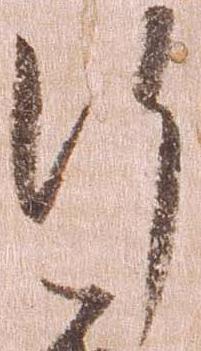
行